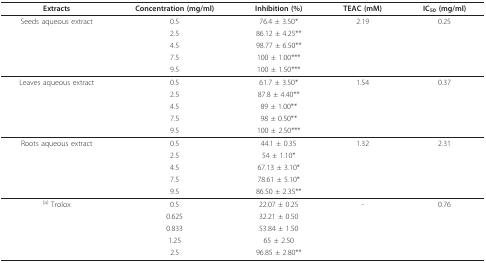
<table><thead><tr><td><b>Extracts</b></td><td><b>Concentration (mg/ml)</b></td><td><b>Inhibition (%)</b></td><td><b>TEAC (mM)</b></td><td><b>IC<sub>50 </sub>(mg/ml)</b></td></tr></thead><tbody><tr><td>Seeds aqueous extract</td><td>0.5</td><td>76.4 ± 3.50*</td><td>2.19</td><td>0.25</td></tr><tr><td></td><td>2.5</td><td>86.12 ± 4.25**</td><td></td><td></td></tr><tr><td></td><td>4.5</td><td>98.77 ± 6.50**</td><td></td><td></td></tr><tr><td></td><td>7.5</td><td>100 ± 1.00***</td><td></td><td></td></tr><tr><td></td><td>9.5</td><td>100 ± 1.50***</td><td></td><td></td></tr><tr><td>Leaves aqueous extract</td><td>0.5</td><td>61.7 ± 3.50*</td><td>1.54</td><td>0.37</td></tr><tr><td></td><td>2.5</td><td>87.8 ± 4.40**</td><td></td><td></td></tr><tr><td></td><td>4.5</td><td>89 ± 1.00**</td><td></td><td></td></tr><tr><td></td><td>7.5</td><td>98 ± 0.50**</td><td></td><td></td></tr><tr><td></td><td>9.5</td><td>100 ± 2.50***</td><td></td><td></td></tr><tr><td>Roots aqueous extract</td><td>0.5</td><td>44.1 ± 0.35</td><td>1.32</td><td>2.31</td></tr><tr><td></td><td>2.5</td><td>54 ± 1.10*</td><td></td><td></td></tr><tr><td></td><td>4.5</td><td>67.13 ± 3.10*</td><td></td><td></td></tr><tr><td></td><td>7.5</td><td>78.61 ± 5.10*</td><td></td><td></td></tr><tr><td></td><td>9.5</td><td>86.50 ± 2.35**</td><td></td><td></td></tr><tr><td><sup>(a) </sup>Trolox</td><td>0.5</td><td>22.07 ± 0.25</td><td>-</td><td>0.76</td></tr><tr><td></td><td>0.625</td><td>32.21 ± 0.50</td><td></td><td></td></tr><tr><td></td><td>0.833</td><td>53.84 ± 1.50</td><td></td><td></td></tr><tr><td></td><td>1.25</td><td>65 ± 2.50</td><td></td><td></td></tr><tr><td></td><td>2.5</td><td>96.85 ± 2.80**</td><td></td><td></td></tr></tbody></table>